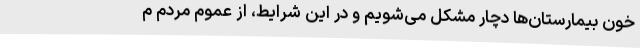
خون بیمارستان‌ها دچار مشکل می‌شویم و در این شرایط، از عموم مردم م